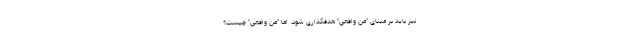
نیز باید بر مبنای "منِ واقعی" هدفگذاری شود. اما "منِ واقعی" چیست؟